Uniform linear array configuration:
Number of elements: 24
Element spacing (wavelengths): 1
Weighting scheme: cosine
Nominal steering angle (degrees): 45
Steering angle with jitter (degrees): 45.415
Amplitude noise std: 0.05
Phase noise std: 0.05

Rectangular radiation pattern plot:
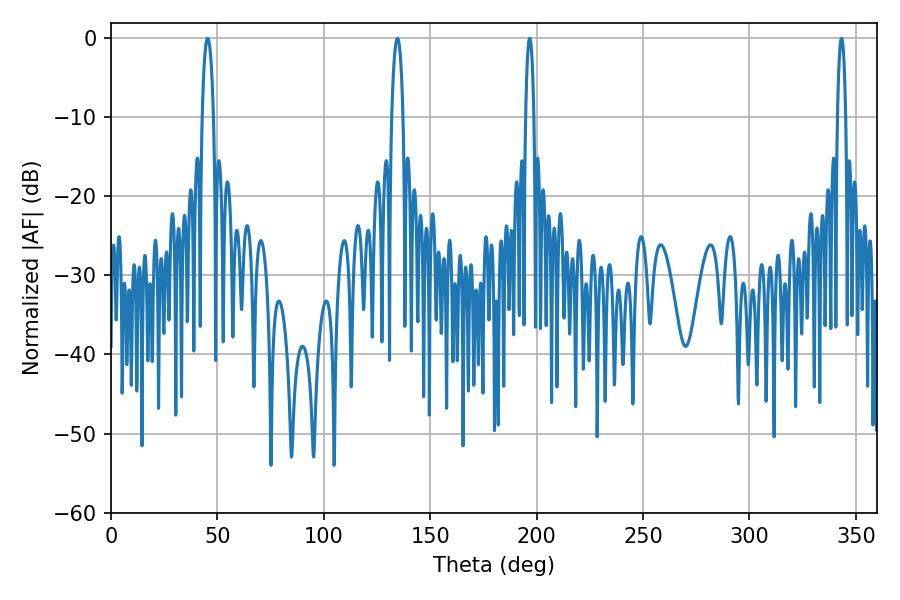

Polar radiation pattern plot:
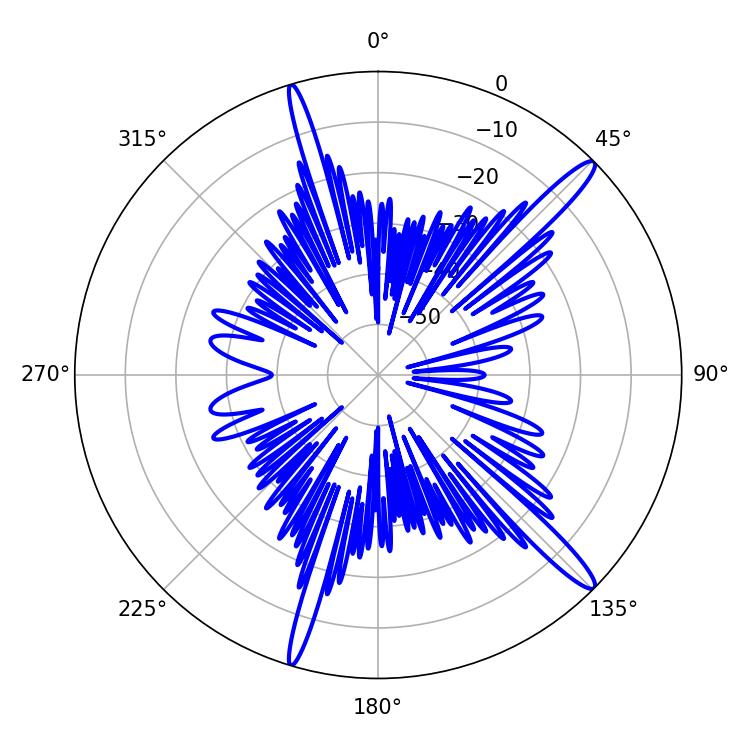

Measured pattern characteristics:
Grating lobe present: TRUE
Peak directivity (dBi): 15.322
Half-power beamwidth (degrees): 2.16
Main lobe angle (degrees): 343.26